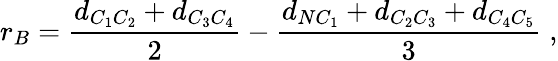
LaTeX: r_{B}=\frac{d_{C_{1}C_{2}}+d_{C_{3}C_{4}}}{2}-\frac{d_{NC_{1}}+d_{C_{2}C_{3}}+d_{C_{4}C_{5}}}{3}\; ,